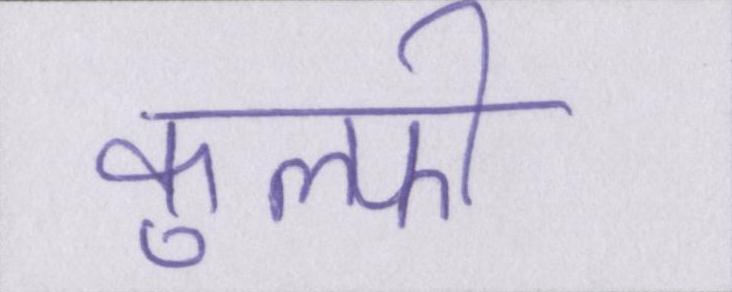
कुल्फी